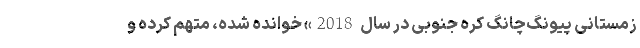
زمستانی پیونگ‌چانگ کره جنوبی در سال 2018» خوانده شده، متهم کرده و